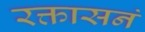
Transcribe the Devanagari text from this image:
रक्तासनं